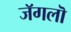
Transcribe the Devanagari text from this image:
जॅगलॊ